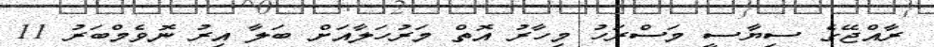
ރާއްޖޭގެ ސިޔާސީ މަސްރަހު މިހާރު އޮތް މަރުހަލާއަށް ބަލާ އިރު ނޮވެމްބަރު 11